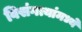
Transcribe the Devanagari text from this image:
विसंगत्यांमध्ये